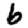
Digit: 6